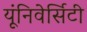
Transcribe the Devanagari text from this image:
यूंनिवेर्सिटी